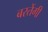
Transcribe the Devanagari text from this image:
बरतेंगी